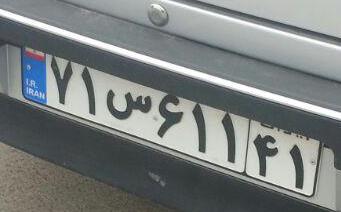
۷۱س۶۱۱۴۱